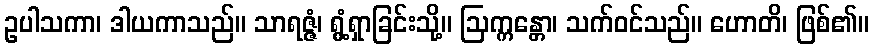
ဥပါသကာ၊ ဒါယကာသည်။ သာရဇ္ဇံ၊ ရွံ့ရှာခြင်းသို့။ ဩက္ကန္တော၊ သက်ဝင်သည်။ ဟောတိ၊ ဖြစ်၏။